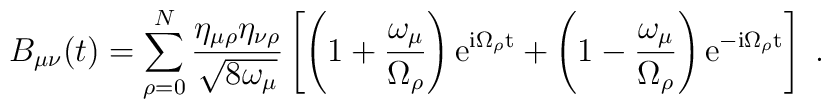
B_{\mu\nu}(t)=\sum_{\rho=0}^N\frac{\eta_{\mu\rho}\eta_{\nu\rho}}{\sqrt{8\omega_\mu}}\left[\left(1+\frac{\omega_\mu}{\Omega_\rho}\right)\rm{e}^{i\Omega_\rho t}+\left(1-\frac{\omega_\mu}{\Omega_\rho}\right)\rm{e}^{-i\Omega_\rho t}\right]\;.